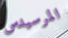
المرسيدس